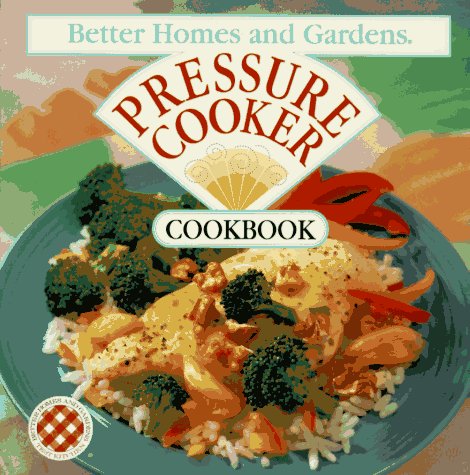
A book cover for Better Homes and Gardens Pressure Cooker Cookbook; Better Homes and Gardens; Cookbooks, Food & Wine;